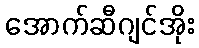
အောက်ဆီဂျင်အိုး